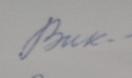
Signature authenticity: forged